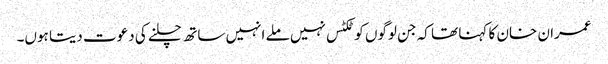
عمران خان کا کہنا تھا کہ جن لوگوں کو ٹکٹس نہیں ملے انہیں ساتھ چلنے کی دعوت دیتا ہوں۔